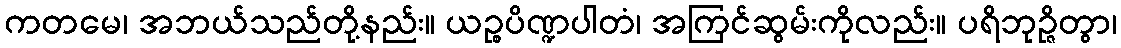
ကတမေ၊ အဘယ်သည်တို့နည်း။ ယဉ္စပိဏ္ဍပါတံ၊ အကြင်ဆွမ်းကိုလည်း။ ပရိဘုဉ္ဇိတွာ၊